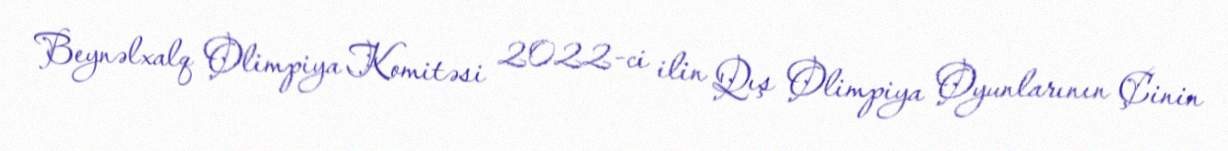
Beynəlxalq Olimpiya Komitəsi 2022-ci ilin Qış Olimpiya Oyunlarının Çinin